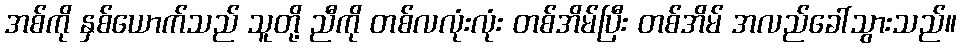
အစ်ကို နှစ်ယောက်သည် သူတို့ ညီကို တစ်လလုံးလုံး တစ်အိမ်ပြီး တစ်အိမ် အလည်ခေါ်သွားသည်။